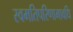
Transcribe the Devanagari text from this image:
स्वमतिपरिणामावधि